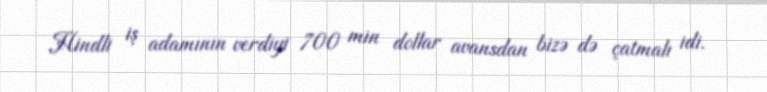
Hindli iş adamının verdiyi 700 min dollar avansdan bizə də çatmalı idi.